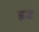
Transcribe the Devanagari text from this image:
इ२